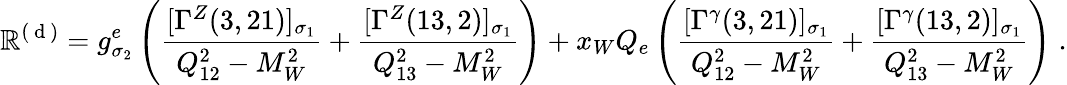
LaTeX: {\cal\mathbb{R}}^{(\mathrm{{~d~}})}=g_{\sigma_{2}}^{e}\left(\frac{{[\Gamma^{Z}(3,21)]_{\sigma_{1}}}}{{Q_{12}^{2}-M_{W}^{2}}}+\frac{{[\Gamma^{Z}(13,2)]_{\sigma_{1}}}}{{Q_{13}^{2}-M_{W}^{2}}}\right)+x_{W}Q_{e}\left(\frac{{[\Gamma^{\gamma}(3,21)]_{\sigma_{1}}}}{{Q_{12}^{2}-M_{W}^{2}}}+\frac{{[\Gamma^{\gamma}(13,2)]_{\sigma_{1}}}}{{Q_{13}^{2}-M_{W}^{2}}}\right)\; .